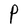
Character: P